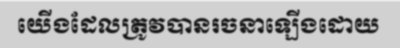
យើងដែលត្រូវបានរចនាឡើងដោយ